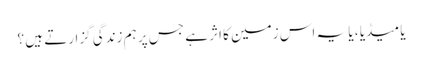
یا میڈیا ، یا یہ اس زمین کا اثر ہے جس پر ہم زندگی گزارتے ہیں ؟